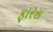
ફારસ